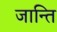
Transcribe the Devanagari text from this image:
जान्ति